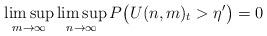
LaTeX: \begin{align*} \limsup_{m\to\infty}\limsup_{n\to\infty}P\bigl(U(n,m)_t>\eta' \bigr)=0\end{align*}